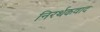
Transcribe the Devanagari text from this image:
निरर्थकवाद